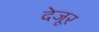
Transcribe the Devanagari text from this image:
देजूर